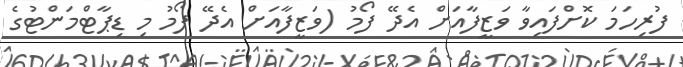
ފުރިހަމަ ކޮށްފައިވާ ވަޒީފާއަށް އެދޭ ފޯމު (ވަޒީފާއަށް އެދޭ ފޯމު މި ޑިޕާޓްމަންޓުގެ